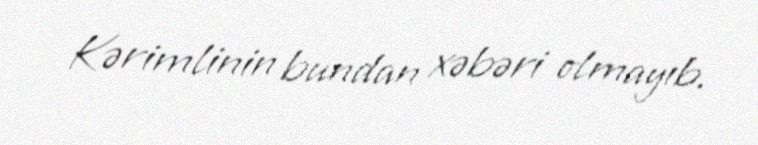
Kərimlinin bundan xəbəri olmayıb.